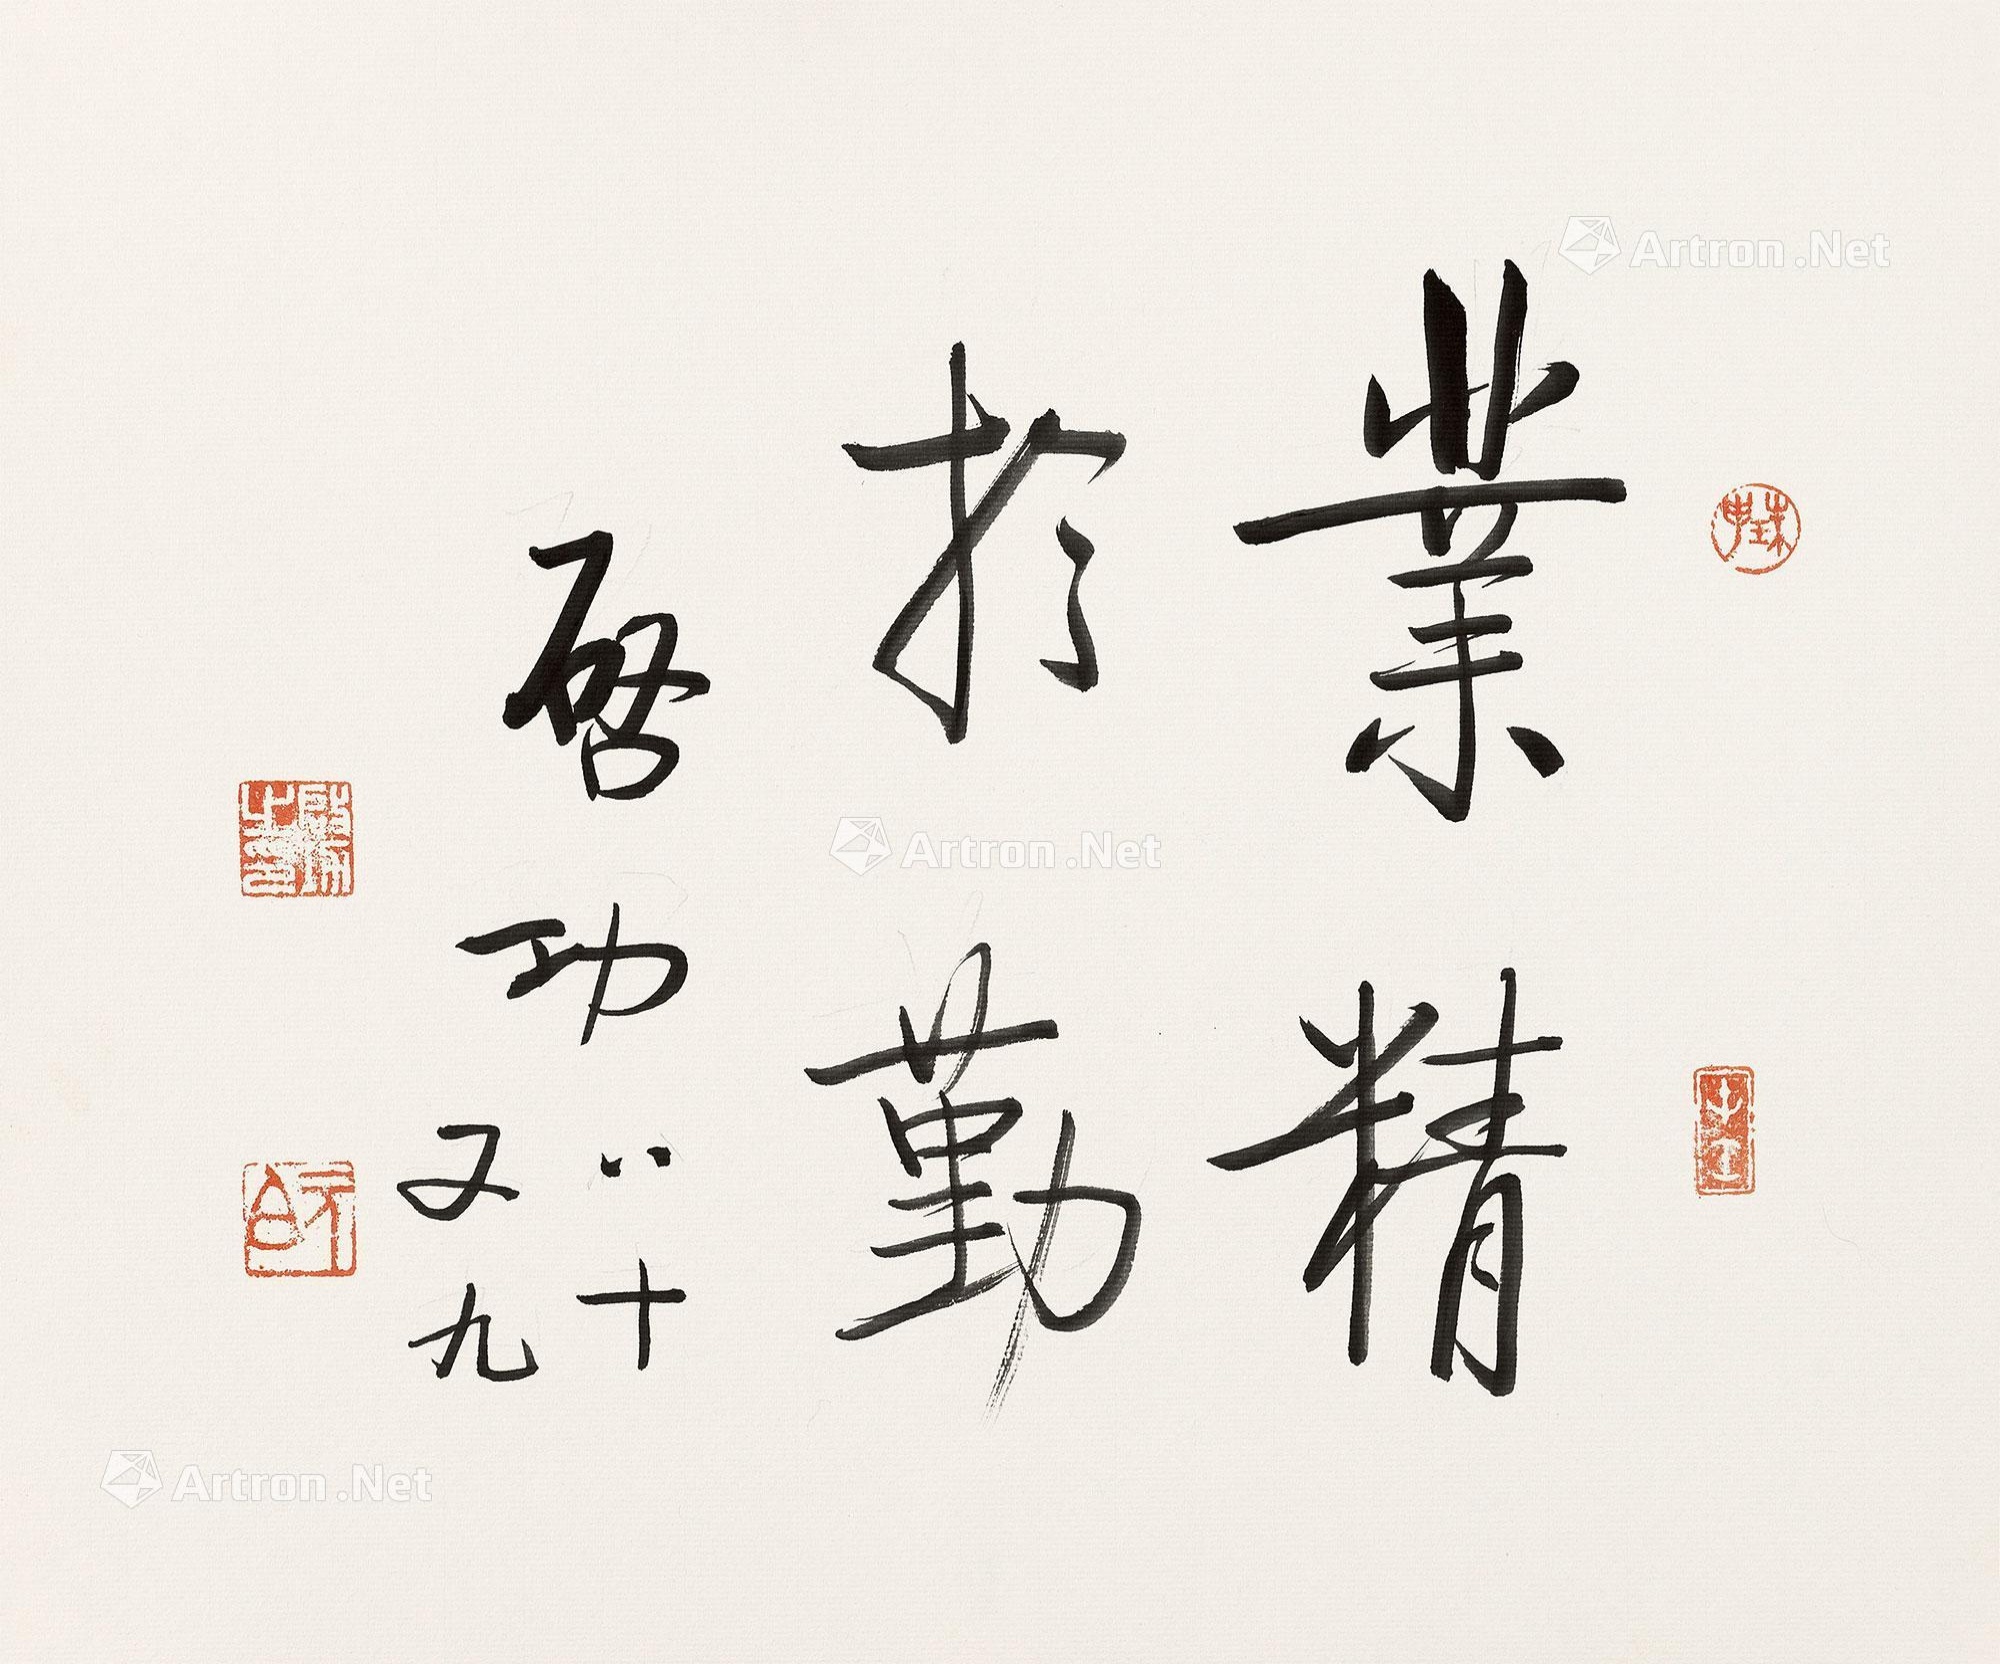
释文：业精于勤。启功，八十又九。